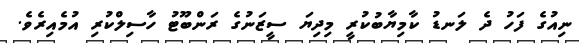
ނިއުގެ ފަހު ދެ ލަނޑު ކާމިޔާބުކުރީ މިދިޔަ ސީޒަނުގެ ރަންބޫޓު ހާސިލްކުރި އުމެއިރެވެ.